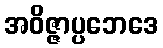
အဝိဇ္ဇာပ္ပဘေဒေ